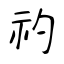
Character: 礿